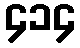
၄၁၄